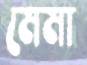
মেমা